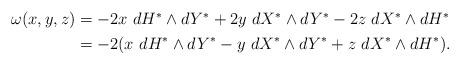
LaTeX: \begin{align*} \begin{aligned} \omega(x,y,z) &= -2 x \ dH^* \wedge dY^* +2y \ dX^*\wedge dY^* - 2z \ dX^* \wedge dH^* \\ &= -2 ( x \ dH^* \wedge dY^* -y \ dX^* \wedge dY^* + z\ dX^* \wedge dH^* ). \end{aligned} \end{align*}